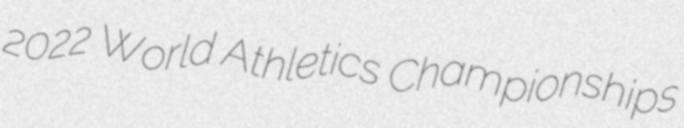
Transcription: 2022 World Athletics Championships